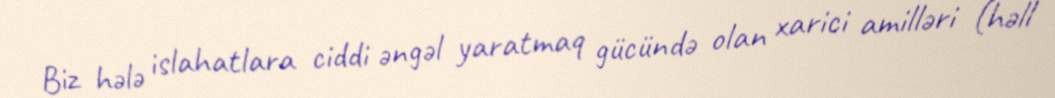
Biz hələ islahatlara ciddi əngəl yaratmaq gücündə olan xarici amilləri (həll